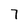
Character: 7